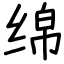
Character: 绵